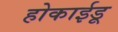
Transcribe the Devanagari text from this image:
होकाईडू